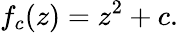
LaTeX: f_{c}(z)=z^{2}+c.